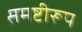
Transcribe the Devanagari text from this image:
समष्टीरूप